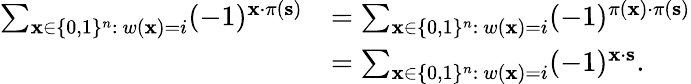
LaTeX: \begin{array}{rl}{\sum_{\mathbf{x}\in\{ 0,1\} ^{n}:\ w(\mathbf{x})=i}(-1)^{\mathbf{x}\cdot\pi(\mathbf{s})}}&{=\sum_{\mathbf{x}\in\{ 0,1\} ^{n}:\ w(\mathbf{x})=i}(-1)^{\pi(\mathbf{x})\cdot\pi(\mathbf{s})}}\\ &{=\sum_{\mathbf{x}\in\{ 0,1\} ^{n}:\ w(\mathbf{x})=i}(-1)^{\mathbf{x}\cdot\mathbf{s}}.}\end{array}